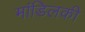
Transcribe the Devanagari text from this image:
मांडिलकी